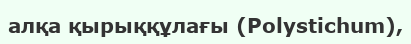
алқа қырыққұлағы (Polystіchum),